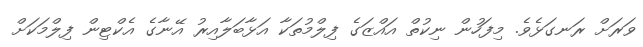
ވަރަށް ރަނގަޅެވެ. މިފަހުން ނިކުތް އައްޒަގެ ފިލްމުތަކާ އަޅާބަލާއިރު އޭނާގެ އެކްޓިން ފިލްމަކަށް